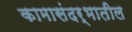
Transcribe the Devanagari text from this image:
कामासंदर्भातील